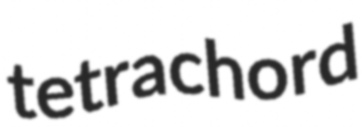
tetrachord